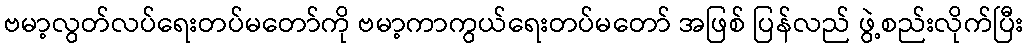
ဗမာ့လွတ်လပ်ရေးတပ်မတော်ကို ဗမာ့ကာကွယ်ရေးတပ်မတော် အဖြစ် ပြန်လည် ဖွဲ့စည်းလိုက်ပြီး